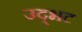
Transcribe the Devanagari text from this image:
उद्‌भट